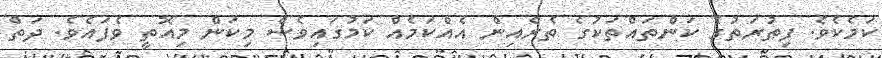
ކަމެކެވެ. ފިޠުރަތުގެ ކަންތައްތަކުގެ ތެރެއިން އެއްކަމެއް ކަމުގައިވެސް މިކަން މިއޮތީ ވެފައެވެ. ދަތް